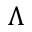
\Lambda